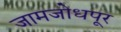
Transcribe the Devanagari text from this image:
जामजोधपूर